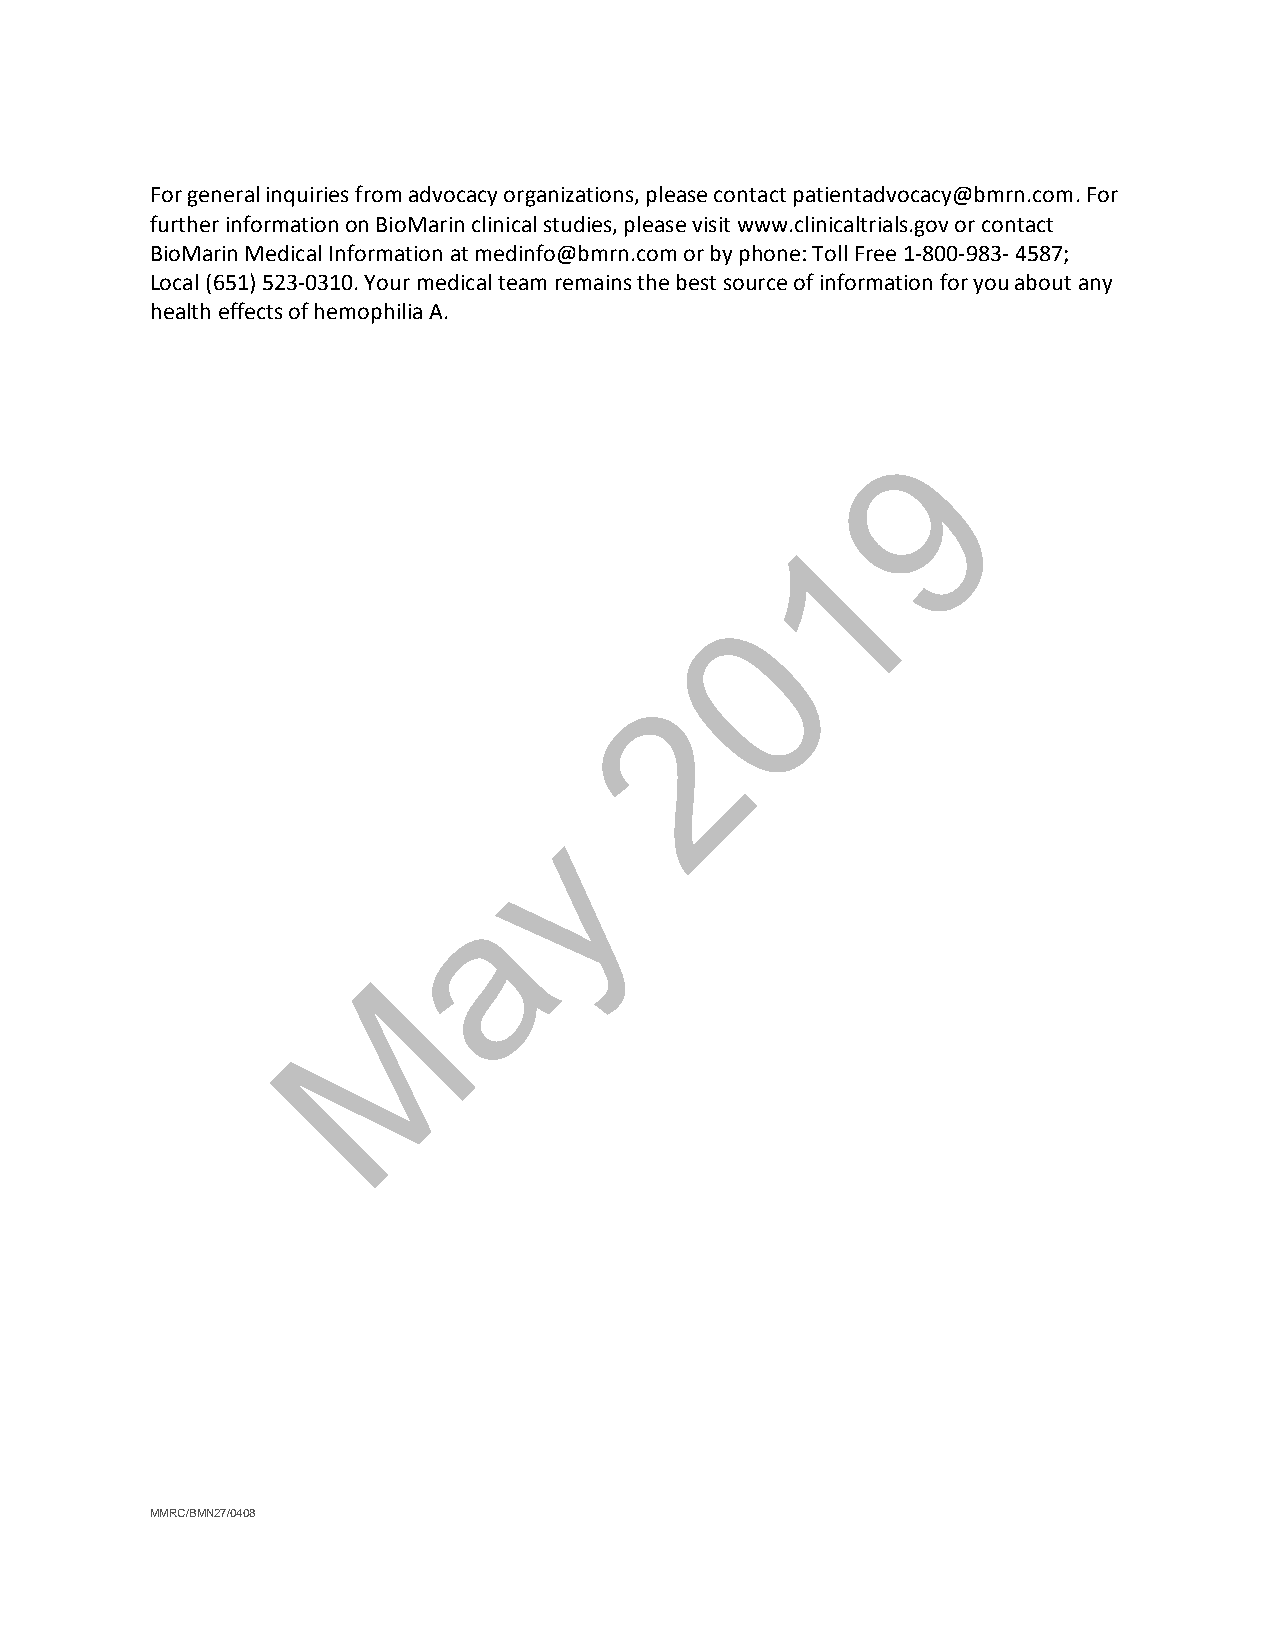
For general inquiries from advocacy organizations, please contact patientadvocacy@bmrn.com. For
 further information on BioMarin clinical studies, please visit www.clinicaltrials.gov or contact
 BioMarin Medical Information at medinfo@bmrn.com or by phone: Toll Free 1-800-983- 4587;
 Local (651) 523-0310. Your medical team remains the best source of information for you about any
 health effects of hemophilia A.
 9
 1
 0
 2
 y
 a
 M
 MMRC/BMN27/0408